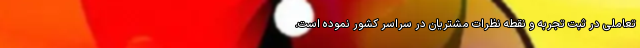
تعاملی در ثبت تجربه و نقطه نظرات مشتریان در سراسر کشور نموده است.